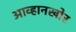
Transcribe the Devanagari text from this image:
आव्हानखोर